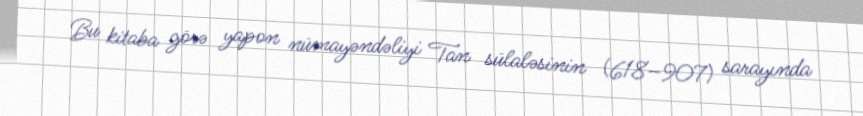
Bu kitaba görə yapon nümayəndəliyi Tan sülaləsinin (618–907) sarayında